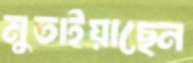
মুতাইয়াছেন